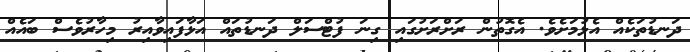
ދަނޑުތަކެއް އެޅުމަށެވެ. އެގޮތުން ރަށްރަށުގައި ގިނަ ފުޓްސަލް ދަނޑުތައް އަޅާފައިވާއިރު މިހާރުވެސް ބައެއް